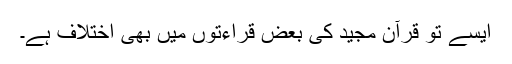
ایسے تو قرآن مجید کی بعض قراءتوں میں بھی اختلاف ہے۔